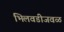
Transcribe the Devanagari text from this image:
भिलवडीजवळ